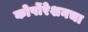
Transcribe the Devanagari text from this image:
कोर्पोरेशनचा